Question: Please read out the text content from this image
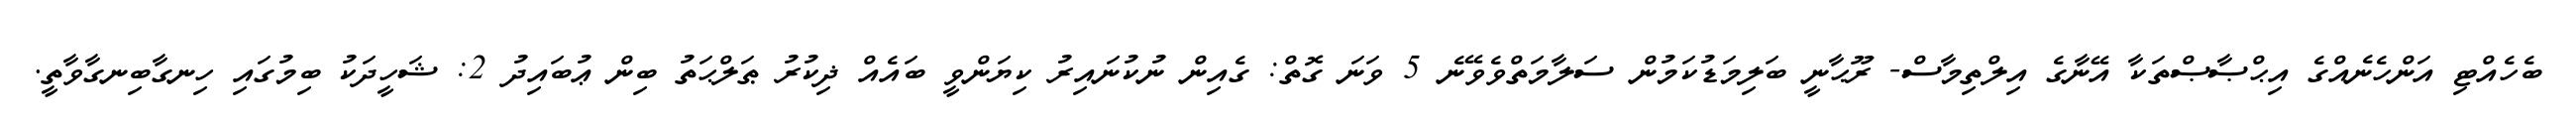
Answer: ބެހެއްޓި އަންހެނެއްގެ އިޙްޞާޞްތަކާ އޭނާގެ އިލްތިމާސް- ރޫޙާނީ ބަލިމަޑުކަމުން ސަލާމަތްވެވޭނެ 5 ވަނަ ގޮތް: ގެއިން ނުކުނައިރު ކިޔަންވީ ބައެއް ޛިކުރު ޠަލްޙަތު ބިން ޢުބައިދު 2: ޝަހީދަކު ބިމުގައި ހިނގާބިނގާވާތީ.